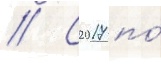
// С 2017 по́